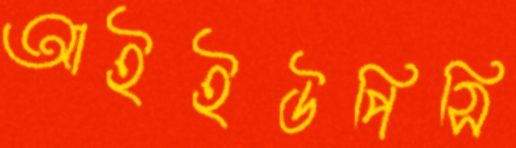
আইইউপিসি